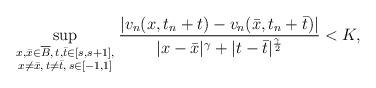
LaTeX: \begin{align*}\sup_{\genfrac{}{}{0pt}{}{\scriptstyle{x,\bar x\in \overline{B},\, t,\bar t\in[s,s+1],}}{{\scriptstyle{x \not= \bar x,\, t \not= \bar t,\, s\in[-1,1]}}}} \frac{|v_n(x,t_n+t)-v_n(\bar x,t_n+\bar t)|}{|x-\bar x|^\gamma+|t-\bar t|^{\frac{\gamma}{2}}}< K,\end{align*}